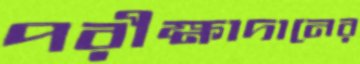
পরীক্ষাদানের